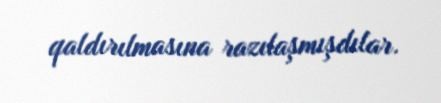
qaldırılmasına razılaşmışdılar.